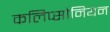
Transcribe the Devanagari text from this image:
कलिप्सोनियन